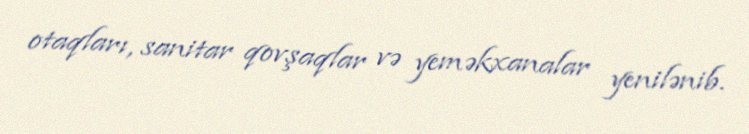
otaqları, sanitar qovşaqlar və yeməkxanalar yenilənib.